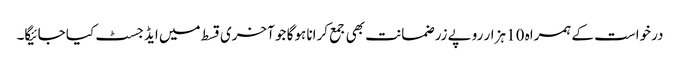
درخواست کے ہمراہ 10 ہزار روپے زر ضمانت بھی جمع کرانا ہوگا جو آخری قسط میں ایڈجسٹ کیا جائیگا۔